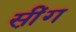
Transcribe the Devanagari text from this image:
सी़ंग